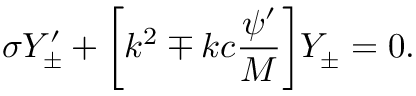
\sigma Y _ { \pm } ^ { \prime } + \biggl [ k ^ { 2 } \mp k c \frac { \psi ^ { \prime } } { M } \biggr ] Y _ { \pm } = 0 .